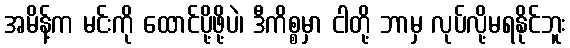
အမိန့်က မင်းကို ထောင်ပို့ဖို့ပဲ၊ ဒီကိစ္စမှာ ငါတို့ ဘာမှ လုပ်လို့မရနိုင်ဘူး